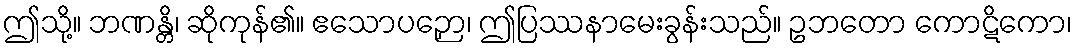
ဤသို့။ ဘဏန္တိ၊ ဆိုကုန်၏။ ဧသောပဉှော၊ ဤပြဿနာမေးခွန်းသည်။ ဥဘတော ကောဋိကော၊